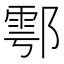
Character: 鄠